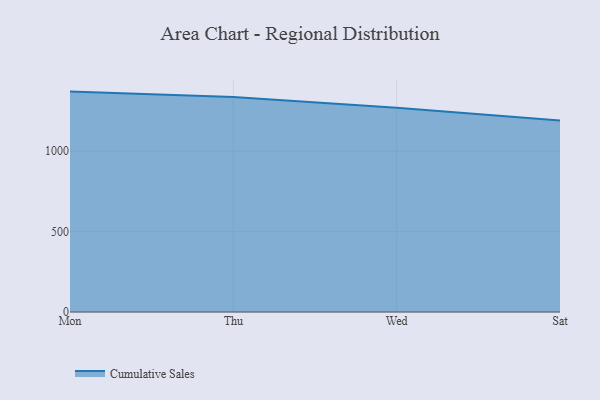
{"axis": {"x": "Day", "y": "Active Users"}, "legend": ["Cumulative Sales"], "data": [{"x": "Mon", "y": 1369.9, "type": "Cumulative Sales"}, {"x": "Thu", "y": 1335.7, "type": "Cumulative Sales"}, {"x": "Wed", "y": 1269.2, "type": "Cumulative Sales"}, {"x": "Sat", "y": 1191.0, "type": "Cumulative Sales"}]}